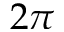
2 \pi